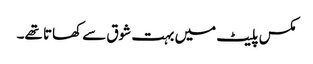
مکس پلیٹ میں بہت شوق سے کھاتا تھے۔